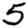
Digit: 5